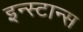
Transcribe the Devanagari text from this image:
इन्स्टान्स